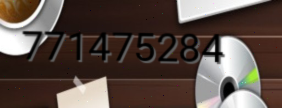
771475284